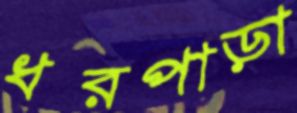
ধরপাড়া